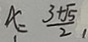
x = \frac { 3 + \sqrt { 5 } } { 2 } ,